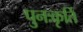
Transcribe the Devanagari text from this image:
पुनःकृर्ति